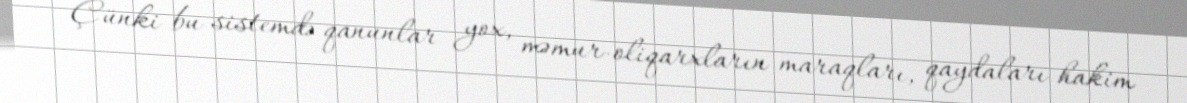
Çünki bu sistemdə qanunlar yox, məmur-oliqarxların maraqları, qaydaları hakim